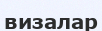
визалар